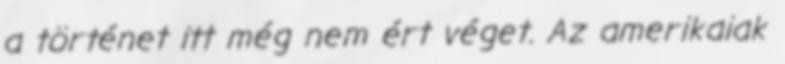
a történet itt még nem ért véget. Az amerikaiak